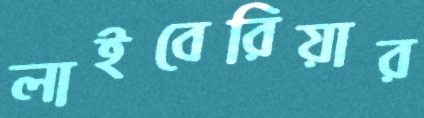
লাইবেরিয়ার